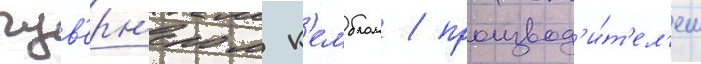
гув'ерн'ером к'емблом / производ'и́т'ел'ем